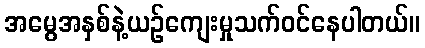
အမွေအနှစ်နဲ့ယဉ်ကျေးမှုသက်ဝင်နေပါတယ်။